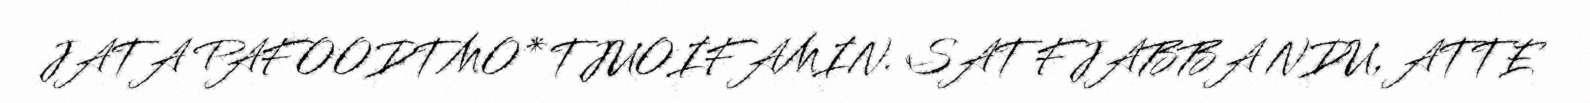
JATA PAFOODTMO* TJUOIFAMIN. SAT FJABBA NDU, ATTE